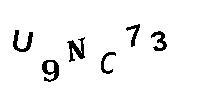
U9NC73